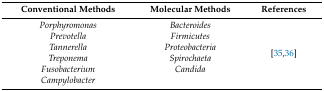
| Conventional Methods | Molecular Methods | References |
 | --- | --- | --- |
 | Porphyromonas | Bacteroides | <ROWSPAN=6> [35,36] |
 | Prevotella | Firmicutes |
 | Tannerella | Proteobacteria |
 | Treponema | Spirochaeta |
 | Fusobacterium | Candida |
 | Campylobacter |  |